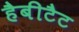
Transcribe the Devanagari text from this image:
हैबीटैट